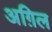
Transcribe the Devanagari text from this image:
अग़िल